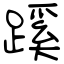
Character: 蹊